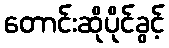
တောင်းဆိုပိုင်ခွင့်